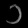
Digit: ၁